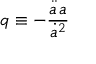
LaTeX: q \equiv - { \frac { { \ddot { a } } \, a } { { \dot { a } } ^ { 2 } } }